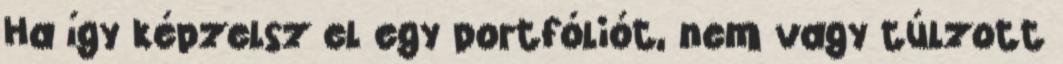
Ha így képzelsz el egy portfóliót, nem vagy túlzott